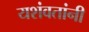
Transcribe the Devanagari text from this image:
यशंवतांनी